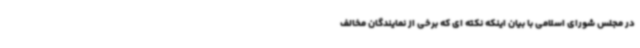
در مجلس شورای اسلامی با بیان اینکه نکته ای که برخی از نمایندگان مخالف